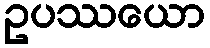
ဥပဿယော